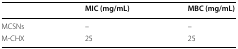
<table><thead><tr><td></td><td><b>MIC (mg/mL)</b></td><td><b>MBC (mg/mL)</b></td></tr></thead><tbody><tr><td>MCSNs</td><td>–</td><td>–</td></tr><tr><td>M-CHX</td><td>25</td><td>25</td></tr></tbody></table>